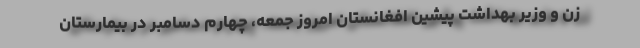
زن و وزیر بهداشت پیشین افغانستان امروز جمعه، چهارم دسامبر در بیمارستان